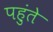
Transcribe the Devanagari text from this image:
पहुंते